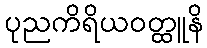
ပုညကိရိယဝတ္ထူနိ